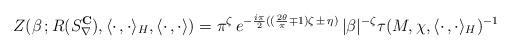
LaTeX: \begin{align*}Z(\beta\,;R(S_{\nabla}^{{\bf C}}),\langle\cdot\,,\cdot\rangle_H,\langle\cdot\,,\cdot\rangle)=\pi^{\zeta}\,e^{-\frac{i\pi}{2}((\frac{2\theta}{\pi}\mp1)\zeta\,\pm\,\eta)}\,|\beta|^{-\zeta}\tau(M,\chi,\langle\cdot\,,\cdot\rangle_H)^{-1} \end{align*}